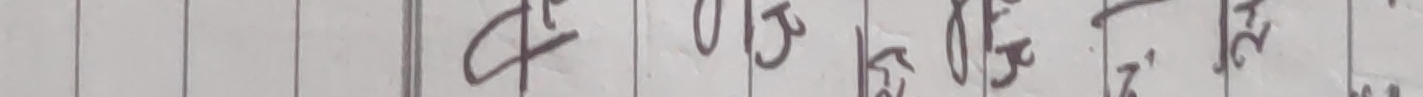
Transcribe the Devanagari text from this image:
फ ०१३ ०१६ मि २०